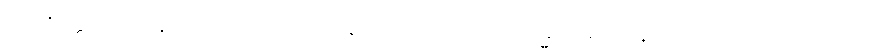
ဥတုစိတ္တသမုဋ္ဌာနာ။ အသိတာဒိပရိပါစကော တေဇော ကမ္မသမုဋ္ဌာနောဝ။ အဿာသပဿာသာ